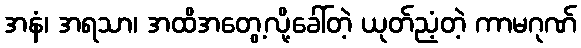
အနံ၊ အရသာ၊ အထိအတွေ့လို့ခေါ်တဲ့ ယုတ်ညံ့တဲ့ ကာမဂုဏ်